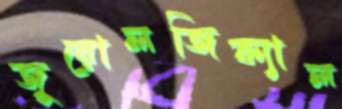
জুয়োলজিক্যাল